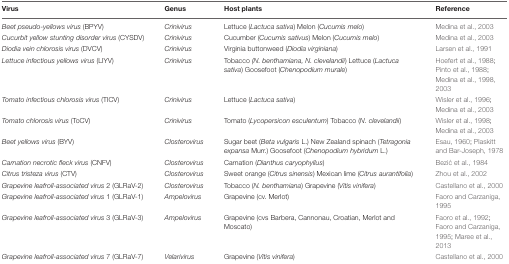
| Virus | Genus | Host plants | Reference |
 | --- | --- | --- | --- |
 | Beet pseudo-yellows virus (BPYV) | Crinivirus | Lettuce (Lactuca sativa) Melon (Cucumis melo) | Medina et al., 2003 |
 | Cucurbit yellow stunting disorder virus (CYSDV) | Crinivirus | Cucumber (Cucumis sativus) Melon (Cucumis melo) | Medina et al., 2003 |
 | Diodia vein chlorosis virus (DVCV) | Crinivirus | Virginia buttonweed (Diodia virginiana) | Larsen et al., 1991 |
 | Lettuce infectious yellows virus (LIYV) | Crinivirus | Tobacco (N. benthamiana, N. clevelandii) Lettuce (Lactuca sativa) Goosefoot (Chenopodium murale) | Hoefert et al., 1988; Pinto et al., 1988; Medina et al., 1998, 2003 |
 | Tomato infectious chlorosis virus (TICV) | Crinivirus | Lettuce (Lactuca sativa) | Wisler et al., 1996; Medina et al., 2003 |
 | Tomato chlorosis virus (ToCV) | Crinivirus | Tomato (Lycopersicon esculentum) Tobacco (N. clevelandii) | Wisler et al., 1998; Medina et al., 2003 |
 | Beet yellows virus (BYV) | Closterovirus | Sugar beet (Beta vulgaris L.) New Zealand spinach (Tetragonia expansa Murr.) Goosefoot (Chenopodium hybridum L.) | Esau, 1960; Plaskitt and Bar-Joseph, 1978 |
 | Carnation necrotic fleck virus (CNFV) | Closterovirus | Carnation (Dianthus caryophyllus) | Bezić et al., 1984 |
 | Citrus tristeza virus (CTV) | Closterovirus | Sweet orange (Citrus sinensis) Mexican lime (Citrus aurantifolia) | Zhou et al., 2002 |
 | Grapevine leafroll-associated virus 2 (GLRaV-2) | Closterovirus | Tobacco (N. benthamiana) Grapevine (Vitis vinifera) | Castellano et al., 2000 |
 | Grapevine leafroll-associated virus 1 (GLRaV-1) | Ampelovirus | Grapevine (cv. Merlot) | Faoro and Carzaniga, 1995 |
 | Grapevine leafroll-associated virus 3 (GLRaV-3) | Ampelovirus | Grapevine (cvs Barbera, Cannonau, Croatian, Merlot and Moscato) | Faoro et al., 1992; Faoro and Carzaniga, 1995; Maree et al., 2013 |
 | Grapevine leafroll-associated virus 7 (GLRaV-7) | Velarivirus | Grapevine (Vitis vinifera) | Castellano et al., 2000 |